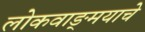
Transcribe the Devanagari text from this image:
लोकवाङ्‌मयाचे